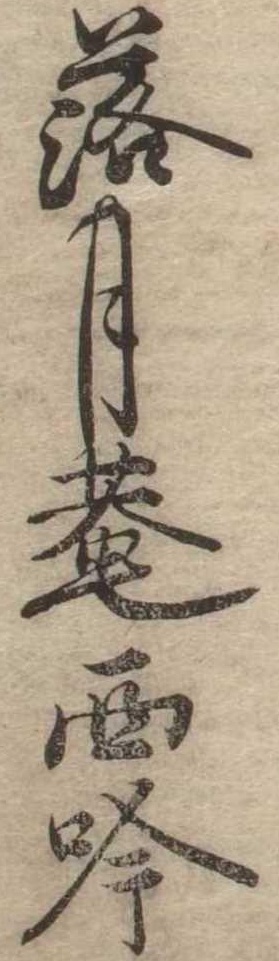
落月庵西吟